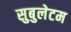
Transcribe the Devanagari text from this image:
सुबुलेटम